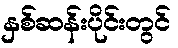
နှစ်ဆန်းပိုင်းတွင်